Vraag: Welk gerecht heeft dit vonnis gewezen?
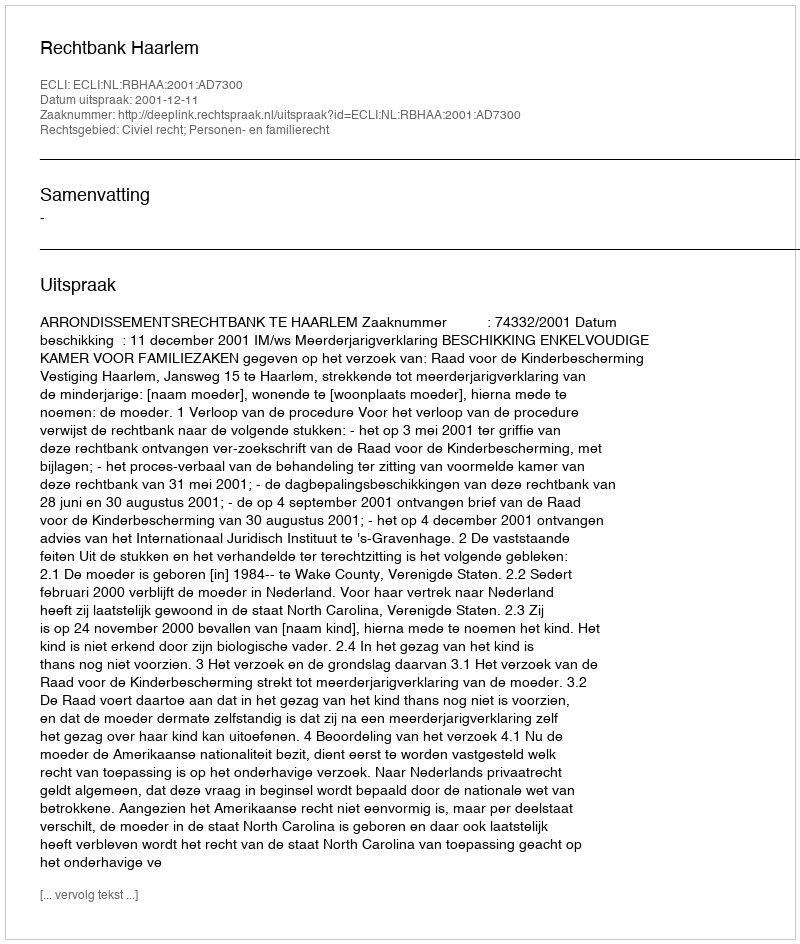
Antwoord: Rechtbank Haarlem